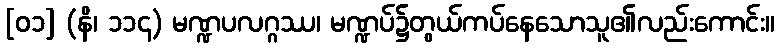
[၀၁] (နိ၊ ၁၁၄) မဏ္ဍပလဂ္ဂဿ၊ မဏ္ဍပ်၌တွယ်ကပ်နေသောသူ၏လည်းကောင်း။